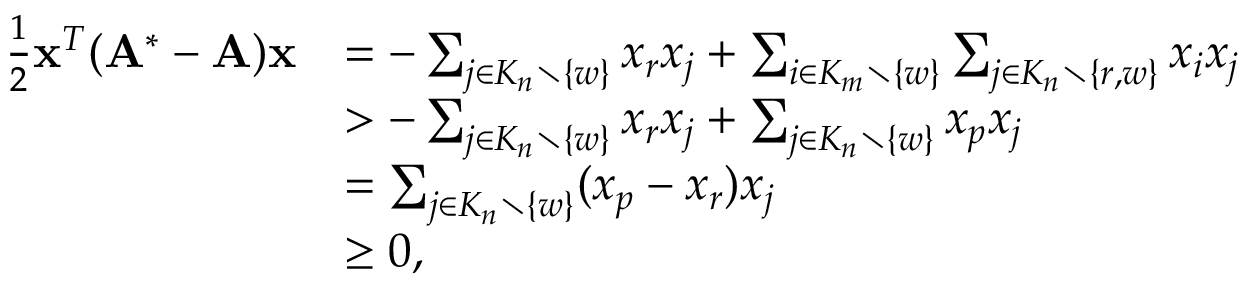
\begin{array} { r l } { \frac { 1 } { 2 } \mathbf { x } ^ { T } ( \mathbf { A } ^ { * } - \mathbf { A } ) \mathbf { x } } & { = - \sum _ { j \in K _ { n } \setminus \{ w \} } x _ { r } x _ { j } + \sum _ { i \in K _ { m } \setminus \{ w \} } \sum _ { j \in K _ { n } \setminus \{ r , w \} } x _ { i } x _ { j } } \\ & { > - \sum _ { j \in K _ { n } \setminus \{ w \} } x _ { r } x _ { j } + \sum _ { j \in K _ { n } \setminus \{ w \} } x _ { p } x _ { j } } \\ & { = \sum _ { j \in K _ { n } \setminus \{ w \} } ( x _ { p } - x _ { r } ) x _ { j } } \\ & { \ge 0 , } \end{array}